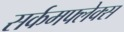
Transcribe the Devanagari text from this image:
सर्कमफ्लेक्स